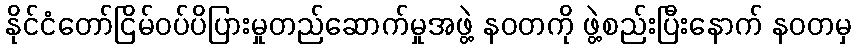
နိုင်ငံတော်ငြိမ်ဝပ်ပိပြားမှုတည်ဆောက်မှုအဖွဲ့ နဝတကို ဖွဲ့စည်းပြီးနောက် နဝတမှ